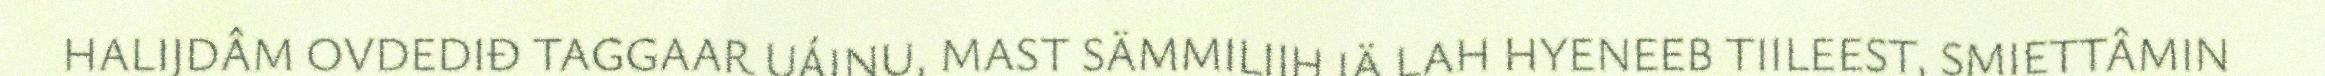
HALIJDÂM OVDEDIĐ TAGGAAR UÁINU, MAST SÄMMILIIH IÄ LAH HYENEEB TIILEEST, SMIETTÂMIN